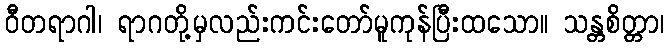
ဝီတရာဂါ၊ ရာဂတို့မှလည်းကင်းတော်မူကုန်ပြီးထသော။ သန္တစိတ္တာ၊